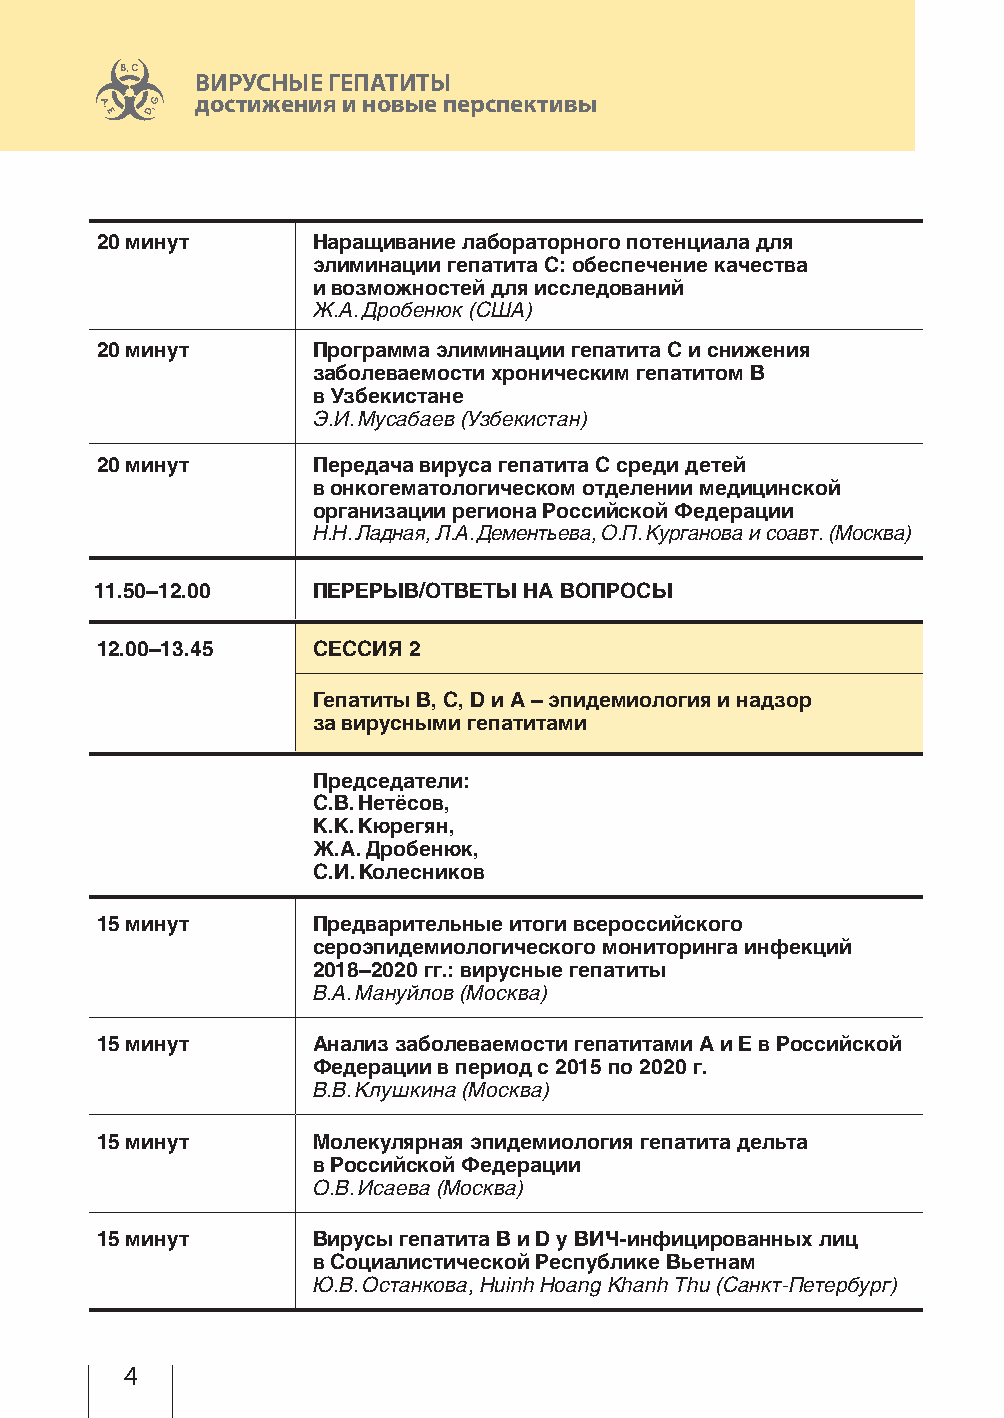
ВИРУСНЫЕ ГЕПАТИТЫ
 достижения и новые перспективы
 20 минут       Наращивание лабораторного потенциала для
 элиминации гепатита С: обеспечение качества
 и возможностей для исследований
 Ж.А. Дробенюк (США)
 20 минут       Программа элиминации гепатита С и снижения
 заболеваемости хроническим гепатитом В
 в Узбекистане
 Э.И. Мусабаев (Узбекистан)
 20 минут       Передача вируса гепатита С среди детей
 в онкогематологическом отделении медицинской
 организации региона Российской Федерации
 Н.Н. Ладная, Л.А. Дементьева, О.П. Курганова и соавт. (Москва)
 11.50–12.00    ПЕРЕРЫВ/ОТВЕТЫ НА ВОПРОСЫ
 12.00–13.45    СЕССИЯ 2
 Гепатиты В, С, D и А – эпидемиология и надзор
 за вирусными гепатитами
 Председатели:
 С.В. Нетёсов,
 К.К. Кюрегян,
 Ж.А. Дробенюк,
 С.И. Колесников
 15 минут       Предварительные итоги всероссийского
 сероэпидемиологического мониторинга инфекций
 2018–2020 гг.: вирусные гепатиты
 В.А. Мануйлов (Москва)
 15 минут       Анализ заболеваемости гепатитами А и Е в Российской
 Федерации в период с 2015 по 2020 г.
 В.В. Клушкина (Москва)
 15 минут       Молекулярная эпидемиология гепатита дельта
 в Российской Федерации
 О.В. Исаева (Москва)
 15 минут       Вирусы гепатита В и D у ВИЧ-инфицированных лиц
 в Социалистической Республике Вьетнам
 Ю.В. Останкова, Huinh Hoang Khanh Thu (Санкт-П етербург)
 4